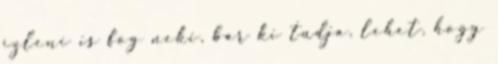
ízleni is fog neki, bár ki tudja, lehet, hogy